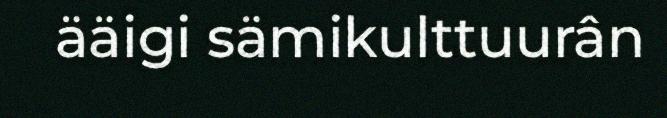
ääigi sämikulttuurân